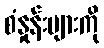
စံနှုန်းများကို